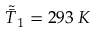
\tilde { \bar { T } } _ { 1 } = 2 9 3 \: K